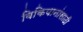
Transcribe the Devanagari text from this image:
विकिपानांसाठी